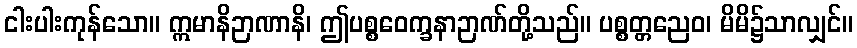
ငါးပါးကုန်သော။ ဣမာနိဉာဏာနိ၊ ဤပစ္စဝေက္ခနာဉာဏ်တို့သည်။ ပစ္စတ္တညေဝ၊ မိမိ၌သာလျှင်။